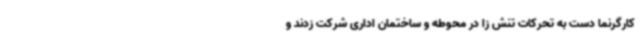
کارگرنما دست به تحرکات تنش زا در محوطه و ساختمان اداری شرکت زدند و